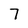
Character: 7